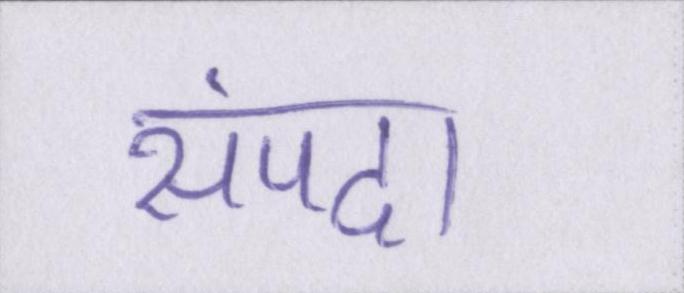
संपदा